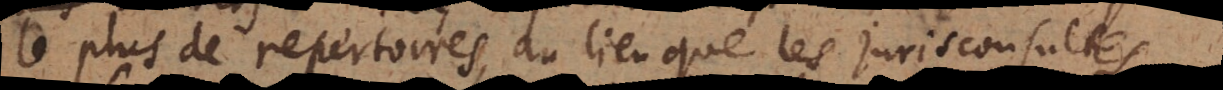
le plus de repertoires, au lieu que les jurisconsultes